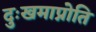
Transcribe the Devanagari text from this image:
दुःखमाप्नोति